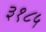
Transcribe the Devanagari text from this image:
३१८५